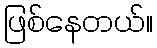
ဖြစ်နေတယ်။